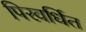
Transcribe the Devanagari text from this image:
पिरवर्धित